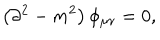
\left( \partial ^ { 2 } - m ^ { 2 } \right) \phi _ { \mu \nu } = 0 ,